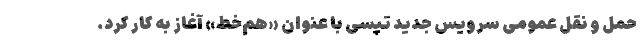
حمل و نقل عمومی سرویس جدید تپسی با عنوان «هم‌خط» آغاز به کار کرد.